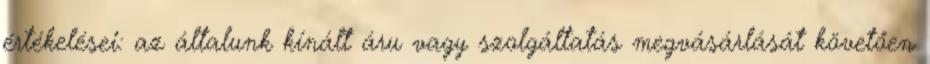
értékelései: az általunk kínált áru vagy szolgáltatás megvásárlását követően